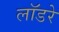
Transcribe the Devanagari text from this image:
लॉडरे